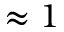
\approx 1